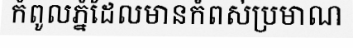
កំពូលភ្នំដែលមានកំពស់ប្រមាណ